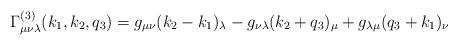
LaTeX: \begin{align*}\Gamma _{\mu \nu \lambda }^{(3)}(k_1,k_2,q_3)=g_{\mu \nu }(k_2-k_1)_\lambda-g_{\nu \lambda }(k_2+q_3)_\mu +g_{\lambda \mu }(q_3+k_1)_\nu\end{align*}